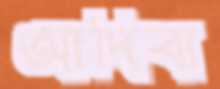
আদিবা